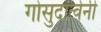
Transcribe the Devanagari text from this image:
गोसुदार्त्वेनी